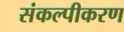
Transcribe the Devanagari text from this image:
संकल्पीकरण